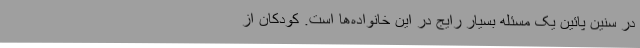
در سنین پائین یک مسئله بسیار رایج در این خانواده‌ها است. کودکان از